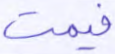
فيمت